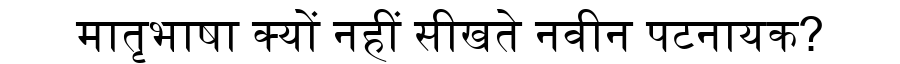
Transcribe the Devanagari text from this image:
मातृभाषा क्यों नहीं सीखते नवीन पटनायक?